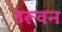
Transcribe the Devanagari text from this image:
उरूवन